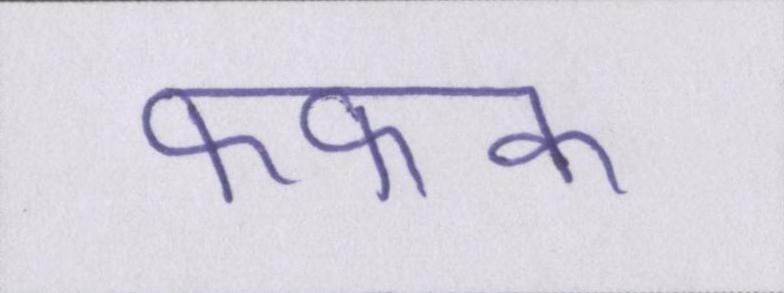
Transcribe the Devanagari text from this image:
फफक